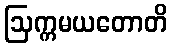
ဩက္ကမယတောတိ